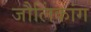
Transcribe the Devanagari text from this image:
जौलिंकांग